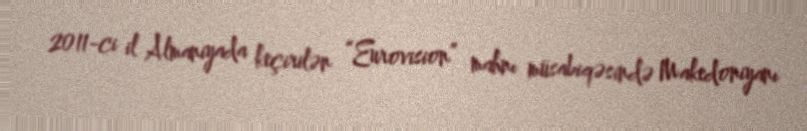
2011-ci il Almaniyada keçirilən “Eurovision” mahnı müsabiqəsində Makedoniyanı